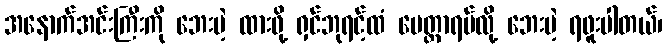
အနောက်အင်းကြီးကို ဘေးမဲ့ ထားဖို့ ရှင်ဘုရင့်ထံ မေတ္တာရပ်လို့ ဘေးမဲ့ ရဖူးပါတယ်၊